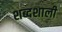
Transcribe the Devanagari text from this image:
शब्दशाली